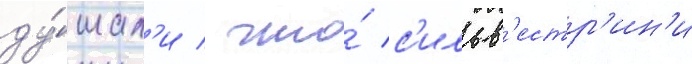
ду́мал'и / что́ с'ильв'естр'ин'и